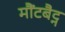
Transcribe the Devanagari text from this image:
मौंटबैट्न